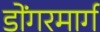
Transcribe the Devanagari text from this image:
डोंगरमार्ग